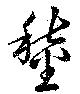
鍬